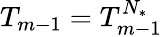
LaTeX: T_{m-1}=T_{m-1}^{{N_{*}}}